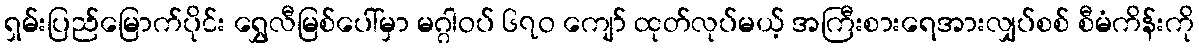
ရှမ်းပြည်မြောက်ပိုင်း ရွှေလီမြစ်ပေါ်မှာ မဂ္ဂါဝပ် ၆၇ဝ ကျော် ထုတ်လုပ်မယ့် အကြီးစားရေအားလျှပ်စစ် စီမံကိန်းကို